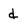
Character: d